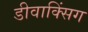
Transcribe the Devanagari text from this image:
डीवाक्सिंग